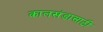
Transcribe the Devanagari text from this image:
कालखंडासाठी